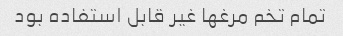
تمام تخم مرغها غیر قابل استفاده بود